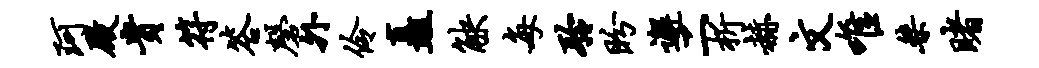
珂殿贵符答磬外伶矗觖每聆盼邂二析赫文唯桀睹